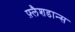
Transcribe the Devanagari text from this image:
फ़्लैशडान्स